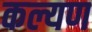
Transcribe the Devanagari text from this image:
कल्यण